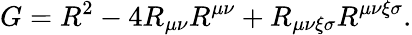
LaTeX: G=R^{2}-4R_{\mu\nu}R^{\mu\nu}+R_{\mu\nu\xi\sigma}R^{\mu\nu\xi\sigma}.